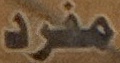
مفرد